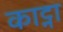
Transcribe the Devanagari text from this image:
काट्ना